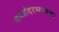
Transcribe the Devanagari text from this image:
सालांदरम्यानचा